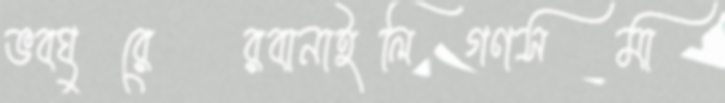
ভবঘুরেরবানাইলিগণসমা